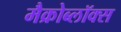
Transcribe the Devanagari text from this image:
मैक्रोब्लॉक्स